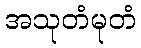
အသုတံမုတံ